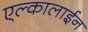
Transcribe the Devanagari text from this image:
एल्कालाईन